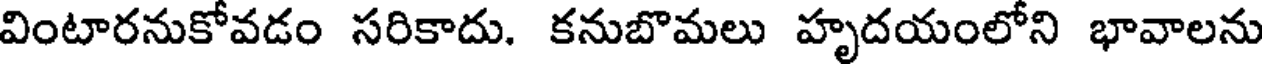
వింటారనుకోవడం సరికాదు. కనుబొమలు హృదయంలోని భావాలను